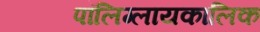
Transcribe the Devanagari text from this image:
पॉलिग्लायकालिक